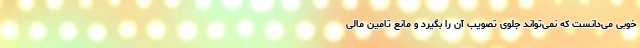
خوبی می‌دانست که نمی‌تواند جلوی تصویب آن را بگیرد و مانع تامین مالی